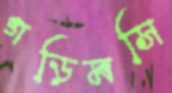
গড়িমসি